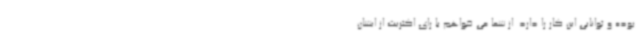
بوده و توانایی این کار را دارد. از شما می خواهم با رای اکثریت از ایشان